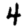
Digit: 4